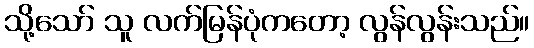
သို့သော် သူ လက်မြန်ပုံကတော့ လွန်လွန်းသည်။